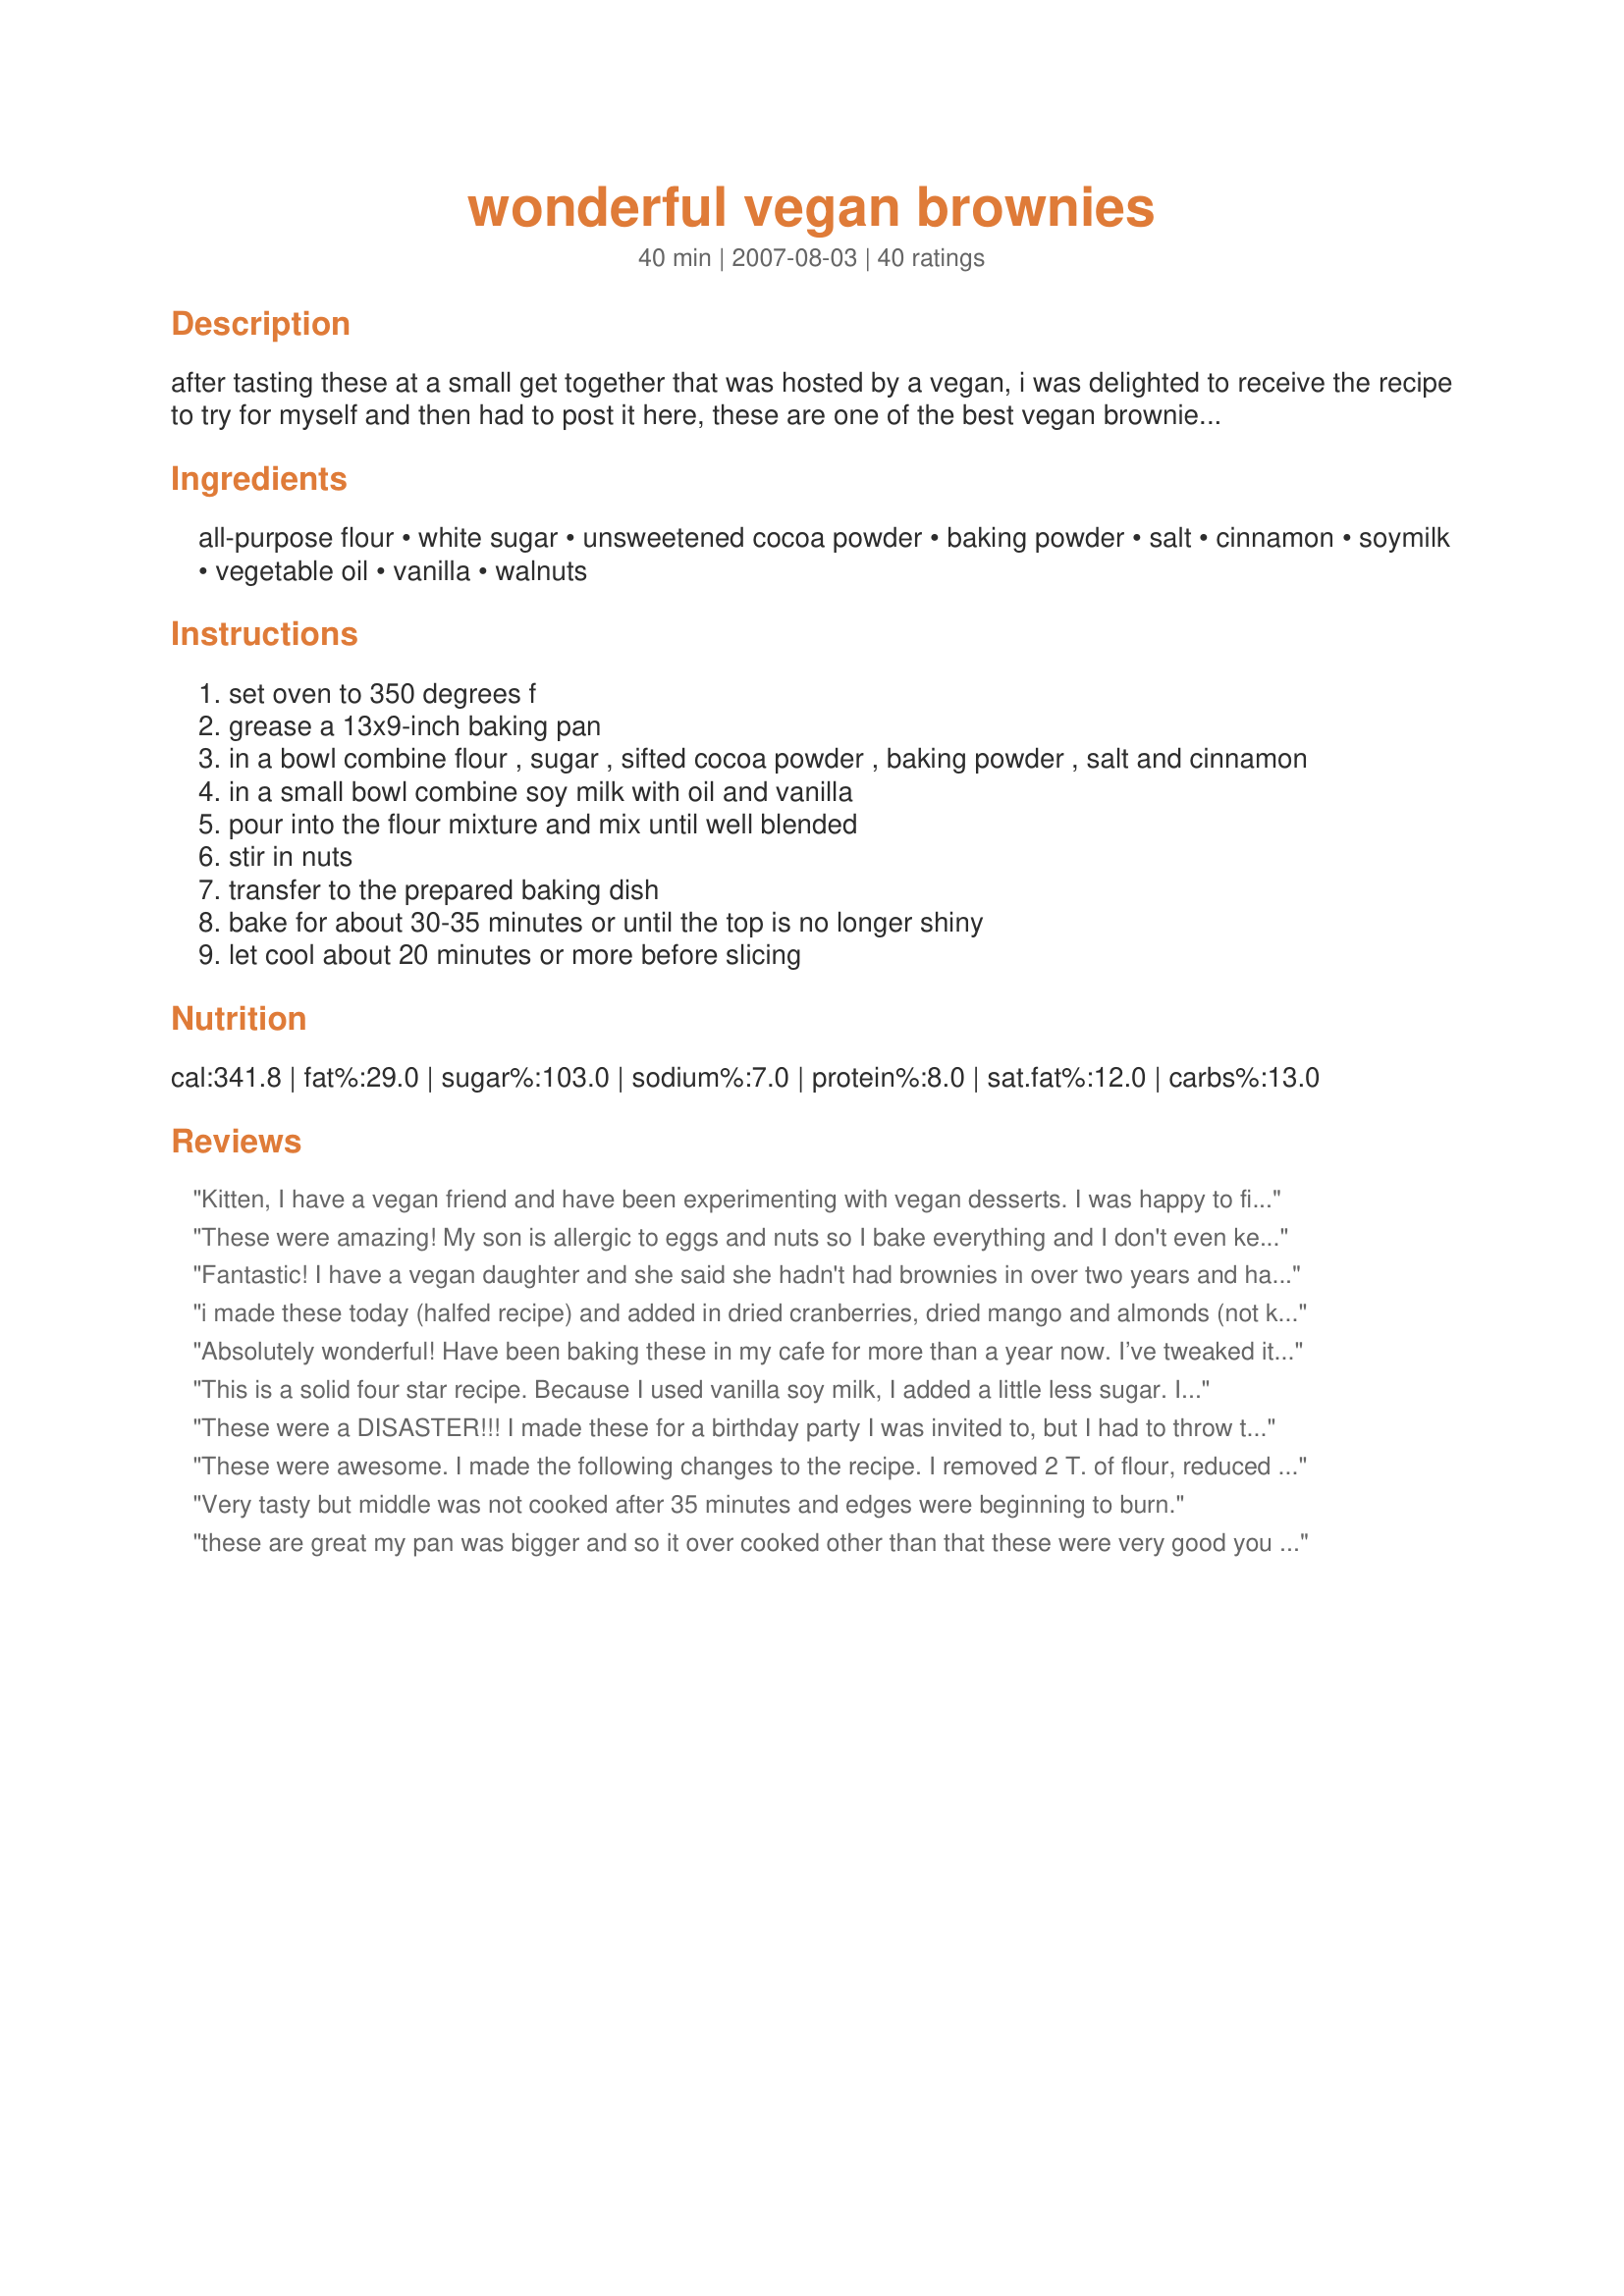
wonderful vegan brownies
Preparation time: 40 minutes

after tasting these at a small get together that was hosted by a vegan, i was delighted to receive the recipe to try for myself and then had to post it here, these are one of the best vegan brownies! water may be substituted for the soy milk if desired.

Ingredients:
all-purpose flour, white sugar, unsweetened cocoa powder, baking powder, salt, cinnamon, soymilk, vegetable oil, vanilla, walnuts

Steps:
set oven to 350 degrees f
grease a 13x9-inch baking pan
in a bowl combine flour , sugar , sifted cocoa powder , baking powder , salt and cinnamon
in a small bowl combine soy milk with oil and vanilla
pour into the flour mixture and mix until well blended
stir in nuts
transfer to the prepared baking dish
bake for about 30-35 minutes or until the top is no longer shiny
let cool about 20 minutes or more before slicing

Reviews:
Kitten,
I have a vegan friend and have been experimenting with vegan desserts. I was happy to find one of your vegan recipes. These brownies were fantastic. I did decrease the flour and added more cocoa for a stronger chocolate flavor. Thank you for this wonderful brownie recipe.
These were amazing! My son is allergic to eggs and nuts so I bake everything and I don't even keep eggs in the house. This is the best brownie I have found so far!! I added chocolate chips and both my sons and I couldn't stop eating them!! :) I can't wait to make them for my non-allergic sons bday party! Everyone will love them!! THANK YOU!!! (I don't know how they came out dry for anyone, they are very moist. Perhaps your oven runs hotter?)
Fantastic! I have a vegan daughter and she said she hadn't had brownies in over two years and happily ate some! Our whole family loved them, these are keepers. I am going to try adding a "flax seed egg" next time as they fall apart a little, but who cares they are so tasty! Also pecans, chocolate chips, and other "add ins" I look forward to trying! Thanks, Kittencal, for another keeper..
i made these today (halfed recipe) and added in dried cranberries, dried mango and almonds (not keen on walnuts). i was really impressed with the result, only problem was that it cooked too quick round the edges. but thats no big deal because they were delicious. i will definately be making these again. thanks for another great recipe kittencal x
Absolutely wonderful! Have been baking these in my cafe for more than a year now. I’ve tweaked it a bit, no baking powder, a bit of dark chocolate chopped into little pieces and it’s “the best brownies ever” according to our customers!
This is a solid four star recipe. Because I used vanilla soy milk, I added a little less sugar. I also added 1Tblsp of flax mixed with 3 Tblsp of water that had been simmered for a few minutes. We enjoyed these more once they had the chance to cool down. They are nice and moist and mine did not fall apart at all. I also subbed applesauce for the oil. Thanks for the recipe.
These were a DISASTER!!! I made these for a birthday party I was invited to, but I had to throw them out because I couldn't get them out of the pan (which I swear I greased)! The middle was caved in and undercooked, but the edges were way overcooked. It tasted really good, but somewhere along the line it all went wrong. Maybe next time I'll try a Pyrex dish instead.
These were awesome. I made the following changes to the recipe. I removed 2 T. of flour, reduced the oil to 2/3 c., increased the baking powder to 1 1/2 tsp. and added 1/4 c. Hodgson Mill milled flax seed mixed with 1/4 c. water (let stand until it&#039;s a thick paste). I double sifted the dry ingredients, mixed all the wet ingredients together and stirred the batter just until everything was moistened.. The brownies baked for 33 minutes. Yum yum yum. They&#039;re an exact cross between cake like and fudgey brownies. I will definitely make these again. Thanks for a great recipe to start with. Kittencalskitchen rocks!
Very tasty but middle was not cooked after 35 minutes and edges were beginning to burn.
these are great my pan was bigger and so it over cooked other than that these were very good you would never know that they were vegan
WOW!!! I've been on a quest since becoming a lacto-vegetarian 6 years ago (& recently a vegan this year) to find a delicious & fudgey brownie & I finally have ended my search. This is totally decadent & not at all cake-like like the majority of vegan brownie recipes out there. This reminds me of the boxed brownies that I used to eat as kid except without all those yucky cholesterol laden ingredients. This is definitely a keeper! Thanks Kittencal!!!
I just made these as mini brownie bites (minus walnuts and a reduced baking time of 15 minutes) and they might be even more amazing in tiny form! Plus it makes a bunch, I made 52 little brownies! So good, this recipe never fails me.
Made red velvet by replacing half the cocoa powder with flour and adding food coloring. Served it a birthday party and everyone absolutely loved it! Said it was the best brownies they&#039;ve ever had and didn&#039;t know it was vegan until I told them. You won&#039;t be disappointed with this recipe.
wow !!!!! this is great this is one of ur first recipes i have tried n thsi definitely wud not be the last.
truly goey brownies loved them i didn have soymilk on hand so used whole milk instead thank you so much !!!!!
These brownies were awsome. Taste soooo much better than regular brownies.
Awesome!! Extremely simple to make!! I made some changes: I used 1/2 cup of oil and 1/2 cup of unsweetened applesauce. Plus, I used light chocolate soy milk. I agree that they take a little longer than 30 minutes to make. Thanks for sharing!!!!
I make these for a lunch club of veggies and vegans with various food sensitivities - try spelt flour and rice milk - even better than the original!
This recipe is great! I have made planty of brownies from different recipes and I will stay for sure with this one. I just made a couple of changes: put 2 teaspons of baking powder instead of 1, and my douth was really heavy (I don&#039;t know why), so I added some more soya milk. Thank you for the recipe :) I recommend it!
Made these for my Vegan Granddaughter. So when I asked her mother if she liked them, I was told everyone else loved them just as much as non vegan brownies. Glad I saved a few for grams and myself. They were right, they are delicious. I'm not the biggest cinnamon fan so I will cut it in half next batch. Next batch is coming up in about an hour. The only soy milk we had was &quot; Very Vanilla &quot; and I worried it might overpower the taste. No problamo at all. Keep these vegan recipies coming so I can make her other items. Thanks
These are some of the BEST brownies I have EVER made and the only brownies I will make from now on. Really fudgy, delicious brownies - and vegan, too! I'm not a vegan but didn't have any eggs on hand, so thought I would give these a whirl. I didn't use the cinnamon or nuts, nor sift the cocoa, and I used chocolate soymilk instead. Oh, my. Baked for 30 minutes and it was pure perfection. Thank you!
Sorry about the low stars...the cinnamon overwhelms the taste. I had high hopes because of all the great reviews. Texture was great, I omitted nuts and added in some mini-organic choc. chips. Just couldn't get past the cinnamon flavor. May try recipe again without adding in the cinnamon.
Kittencal, I've read great reviews on almost all of your recipes, but I myself have only had the opportunity to try out this one and a pasta sauce recipe. I must say these brownies are DELISH! I took it to the next (health) level and used whole wheat flour. Also I used Silk unsweetened soy (the green carton), and left out the cinnamon and walnuts. I also used half applesauce and half oil, as well as half brown and half white sugar. However, since my family wanted these choclatey-er, I broke a few toblerone triangles into the batter and it turned out GREAT! I'm dying to try the other reviewer's version with the Chocolate soy... mmmm... THanks a million kittencal : )
I'm sorry. I really wanted to like these, but they were inedible. I was looking for an egg-free recipe because I didn't have any in the house. I followed the recipe to a T except I used chocolate soymilk instead of regular. I don't think that would have changed it too much. They were too dense and dry; I even undercooked them. I couldn't even eat one, and my polite guests choked down one. Thanks for the idea, though.
Wonderful recipe! The only change I made was to mix some cocoa powder and cinnamon and dust the top of the brownies. It really brought out the cinnamon flavor of the Mexican vanilla I used instead of the regular vanilla. Also, I used unsweetened almond milk to make it soy-free. Sold them at a company bake sale and they sold out in a matter of minutes!
Delish. I doubled the recipe to take 4 pie-tins of brownies to a potluck. I was worried because the dough didn&#039;t seem to be very thick. I had deleted a 1/3 c of sugar since I was using vanilla soy milk. Added in 2 T of flour and that seemed to make it a bit thicker. Topped with a light sprinkling of chocolate chips on all batches and and crushed walnuts on two. I undercooked one of the no-nuts pans and didn&#039;t realize it until 10 minutes had passed. The middle was the perfect consistency of a lava cake. My son refused to let me put it back in the oven and devoured the entire middle of the brownie pie. The others were cooked appropriately and came out magnificent. Definitely a keeper. Thank you!
These are AWESOME!! Made for my family(me being the only vegan), the comment was "These are the BEST you've ever made." The last time I made brownies (which I didn't eat) were the ones you buy in a store in a box. Thanks so much for this VEGAN brownie... mmm yummmy..
I used a measuring cup, but they turned out cakey. Really, it&#039;s just a chocolate cake recipe. It doesn&#039;t look like the picture.
Amazing!! First time making these and they are delicious!!! Had to stop myself from eating the mixture. You can taste the hint of cinnamon and I used the rest of my walnuts and sprinkled them on top of the brownies before baking. Wow!! Another example of how you don&#039;t need animals or animal products to make delicious foods. Thankyou for sharing this recipe ??
When you're looking for a vegan baking recipe, you really need it to be full of the goodstuff. So, when you see two cups of sugar, 1 cup of oil.. everything should be good. And it was! I lined the pan based on some other reviews, and instead of nuts which I have to avoid, I used vegan chocolate chips. Really, really moreish.
WOW. I never write reviews but these were on point! I omitted the walnuts and added some chocolate chips. Also baked them in mini muffin tins to make brownie bites @ 350 for 12 minutes. So so good and fudgy (and you can&#039;t even tell they are vegan). My new go-to recipe for brownies!
These are the only vegan brownies I've made that always come out fudgey, not cakey, just the way I like. The cinnamon definitely makes the already delicious recipe even better.
I was craving chocolate brownies and thse hit the spot! I even had all the ingredients in my cupboards. Recently turning vegan, I've been cautious about looking for new recipes - and this was spot on! Thanks so much!
I spent a long time looking at the recipes here to decide which brownies to try. I went with this one based on 1)No fancy flour needed 2)good reviews 3) Chef's comment that these are fudgy as opposed to cake-like. (If you want cake-like, make cake.) I used Almond milk as its what I had in the fridge and semi-sweet choc chips instead of walnut. They were fantastic. So so good. I agree that they need more than 30 minutes to bake. I gave them 40 and they were still really gooey. I think the choc chips had some effect on consistency. But, I like gooey brownies and since there is no egg in this there's no worries about eating them undercooked. I also used only one teaspoon of vanilla as I misread the recipe. This was fine and probably just made them more chocolately. Overall, I'm very pleased with the outcome.
These were really good- the best vegan brownies I've made so far. I halfed the recipe, and used an 8x8 pan instead; cooking them for 40 minutes. I like the crunchy top, and they have a good flavor. Thank you!
These were great! I was desperately in need of some chocolate and these definitely did the trick! We recently found out our son has a milk, egg, and peanut allergy so it has been a pretty major adjustment for us to make and one thing I miss is the chocolate! We did feel these were a bit greasy though. I thought the cinnamon was a nice touch. I made 100% as posted.
LOVE!!! Not sure if last review went through but can't stop licking the bowl.
THESE ARE GREAT!!!! Thank you for posting. These are a great treat. I made the mini muffins and got 60 little brownie bites.
Ooey Gooey perfection! These are the first vegan dessert I made since the switch, and I swear you can&#039;t tell the difference! In fact, these trumped over brownie recipes I&#039;ve used.
Made slight variations as to what I had available (almond milk, macadamia oil) but followed the recipe to a T and they came out gorgeous!!
These were great! This is the first brownie recipe I've made since going vegan that has actually worked! I put in 1/4 c of pecans instead of walnuts. They were absolutely delicious! Very nice and fudgy!
A coworker went above and beyond to help me and I decided that as a chocoholic and vegan, these might be a great way to thank her. Looking to make a smaller batch in a 9 by 9, I made 2/3 of a batch. The brownies were rich and sinful and delicious. The cinnamon was a nice touch and married well with my addition of dried cherries and toasted hazelnuts in lieu of the walnuts. My one comment was that I cooked mine 30 minutes and think another 5 was needed as they were too soft in the very center. Thanks Kitz.
